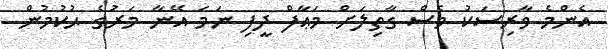
އެންމެ ވާރިސަކު ވެސް ގާތިލަށް މަޢާފް ދީފި ނަމަ އޭނާ މަރުގެ ޙުކުމުން